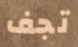
تجف